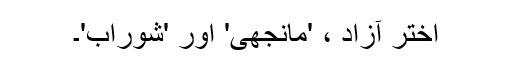
اختر آزاد ، 'مانجھی' اور 'شوراب'۔